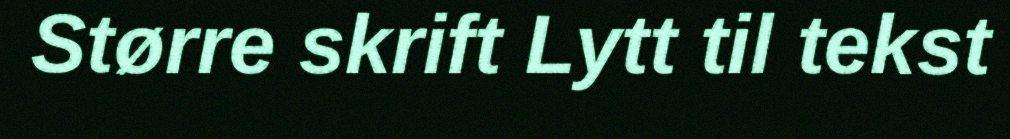
Større skrift Lytt til tekst